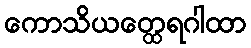
ကောသိယတ္ထေရဂါထာ